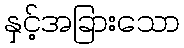
နှင့်အခြားသော